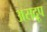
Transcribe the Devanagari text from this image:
असद्रूप